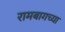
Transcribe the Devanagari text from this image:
रामबागच्या